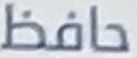
حافظ